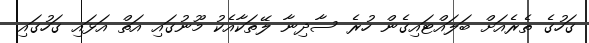
ގަހުގެ ތެރެއަށް ބަލައްޓައިގެން ހުރެ ސާދިނާ ލޭތަކާއެކު މޫނުގައި އަތް އަޅައި ގަހުގައި